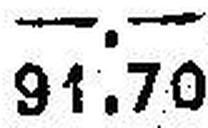
91.70